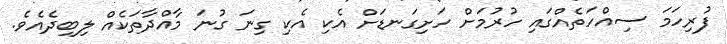
ފުރިހަމަ ސިއްހަތެއްގައި ހުރުމަށް ހަށިގަނޑަށް އެކި އެކި ގިނަ ގުނަ މާއްދާތަކެއް ލިބިދެއެވެ.